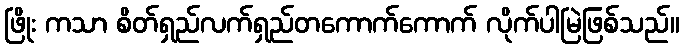
ဖြိုး ကသာ စိတ်ရှည်လက်ရှည်တကောက်ကောက် လိုက်ပါမြဲဖြစ်သည်။